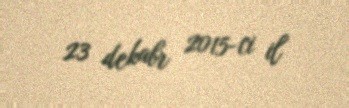
23 dekabr 2015-ci il